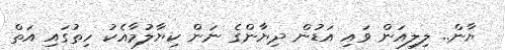
ޔާން.. ލިލިއަން ވައި އަޑުން ދިޔާންގެ ނަން ކިޔާލުމާއެކު ހިތުގައި އަތް